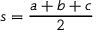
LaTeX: s = { \frac { a + b + c } { 2 } }